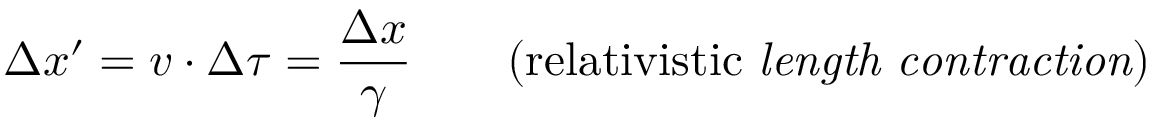
\Delta x ^ { \prime } = v \cdot \Delta \tau = \frac { \Delta x } { \gamma } \qquad \mathrm { ( r e l a t i v i s t i c } \ \mathit { l e n g t h \ c o n t r a c t i o n ) }